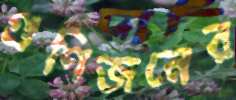
গুণিজনের